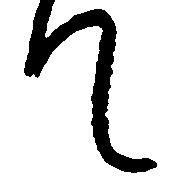
て